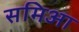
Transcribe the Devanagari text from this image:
समिआ